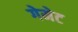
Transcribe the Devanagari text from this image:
गेमेट